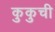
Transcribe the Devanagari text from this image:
कुकुची